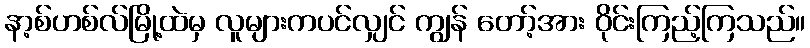
နာ့စ်ဟစ်လ်မြို့ထဲမှ လူများကပင်လျှင် ကျွန် တော့်အား ဝိုင်းကြည့်ကြသည်။